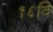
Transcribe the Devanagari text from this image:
१६वि